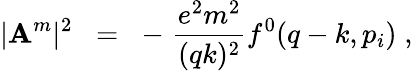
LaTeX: |\mathbf{A}^{m}|^{2}\; \; =\; \; -\; \frac{{e^{2}m^{2}}}{{(qk)^{2}}}f^{0}(q-k,p_{i})\; ,